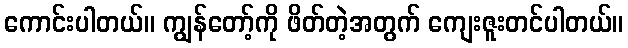
ကောင်းပါတယ်။ ကျွန်တော့်ကို ဖိတ်တဲ့အတွက် ကျေးဇူးတင်ပါတယ်။